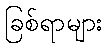
ခြစ်ရာများ